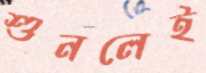
শুনলেই